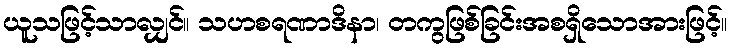
ယူသဖြင့်သာလျှင်။ သဟစရဏာဒိနာ၊ တကွဖြစ်ခြင်းအစရှိသောအားဖြင့်။